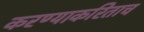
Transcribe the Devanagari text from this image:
करण्याकरिताच